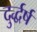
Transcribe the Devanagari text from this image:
दुर्द्धर्ष